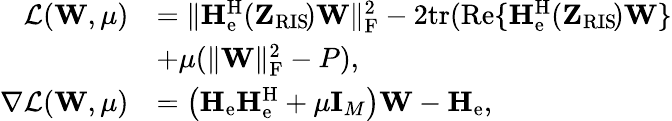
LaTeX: \begin{array}{rl}{\mathcal{L}(\mathbf{W},\mu)}&{=\| \mathbf{H}_{\mathrm{e}}^{\mathrm{H}}(\mathbf{Z}_{\mathrm{RIS}}\! )\mathbf{W}\| _{\mathrm{F}}^{2}-2\mathrm{tr}(\mathrm{Re}\{ \mathbf{H}_{\mathrm{e}}^{\mathrm{H}}(\mathbf{Z}_{\mathrm{RIS}}\! )\mathbf{W}\} }\\ &{+\mu(\| \mathbf{W}\| _{\mathrm{F}}^{2}-P),}\\ {\nabla\mathcal{L}(\mathbf{W},\mu)}&{=\big(\mathbf{H}_{\mathrm{e}}\mathbf{H}_{\mathrm{e}}^{\mathrm{H}}+\mu\mathbf{I}_{M}\big)\mathbf{W}-\mathbf{H}_{\mathrm{e}},}\end{array}